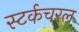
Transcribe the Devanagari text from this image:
स्टर्कचरल